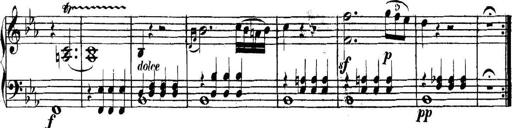
Title: Collected Piano Sonatas
Composer: Muzio Clementi